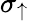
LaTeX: \sigma_{\uparrow}